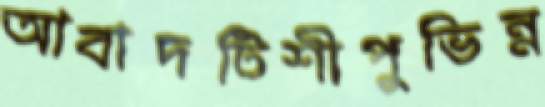
আবাদটিশীপুভিন্ন